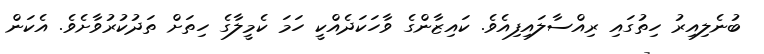
ބުނެލިއިރު ހިތުގައި ރިއްސާލައިފިއެވެ. ކައިޒާންގެ ވާހަކަދެއްކީ ހަމަ ކެމީލާގެ ހިތަށް ތަދުކުރުވާށެވެ. އެކަން